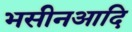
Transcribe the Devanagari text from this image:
भसीनआदि